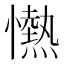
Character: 𢤢